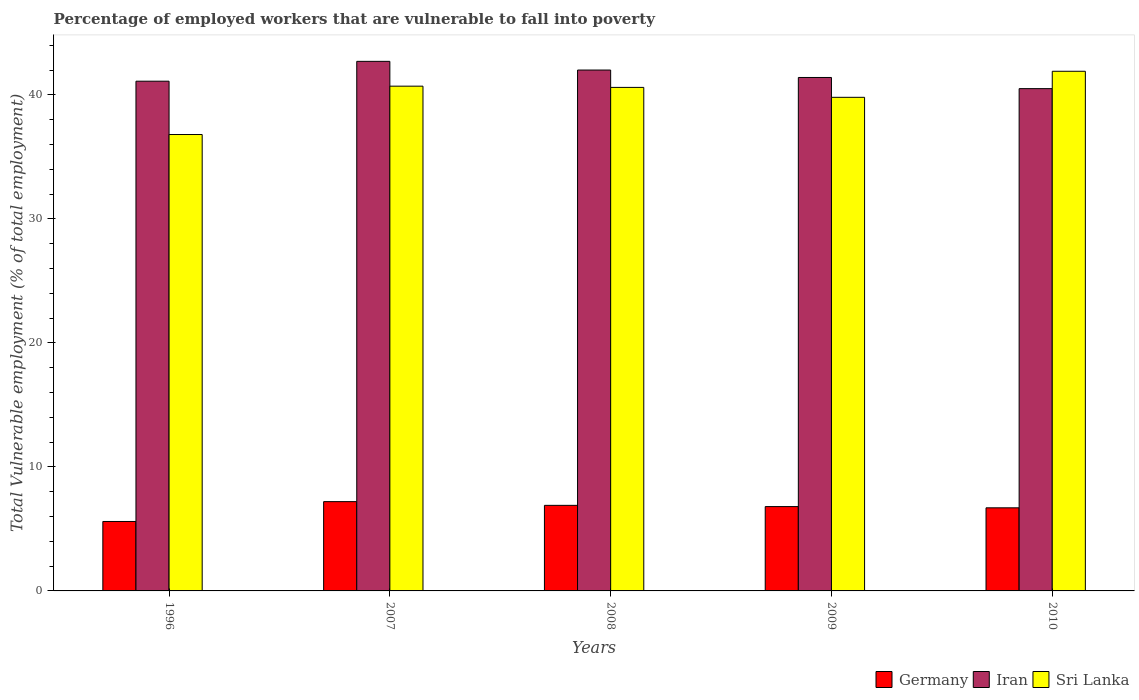
| Years | Germany | Iran | Sri Lanka |
 | --- | --- | --- | --- |
 | 1996 | 5.6 | 41.1 | 36.8 |
 | 2007 | 7.2 | 42.7 | 40.7 |
 | 2008 | 6.9 | 42 | 40.6 |
 | 2009 | 6.8 | 41.4 | 39.8 |
 | 2010 | 6.7 | 40.5 | 41.9 |